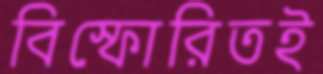
বিস্ফোরিতই